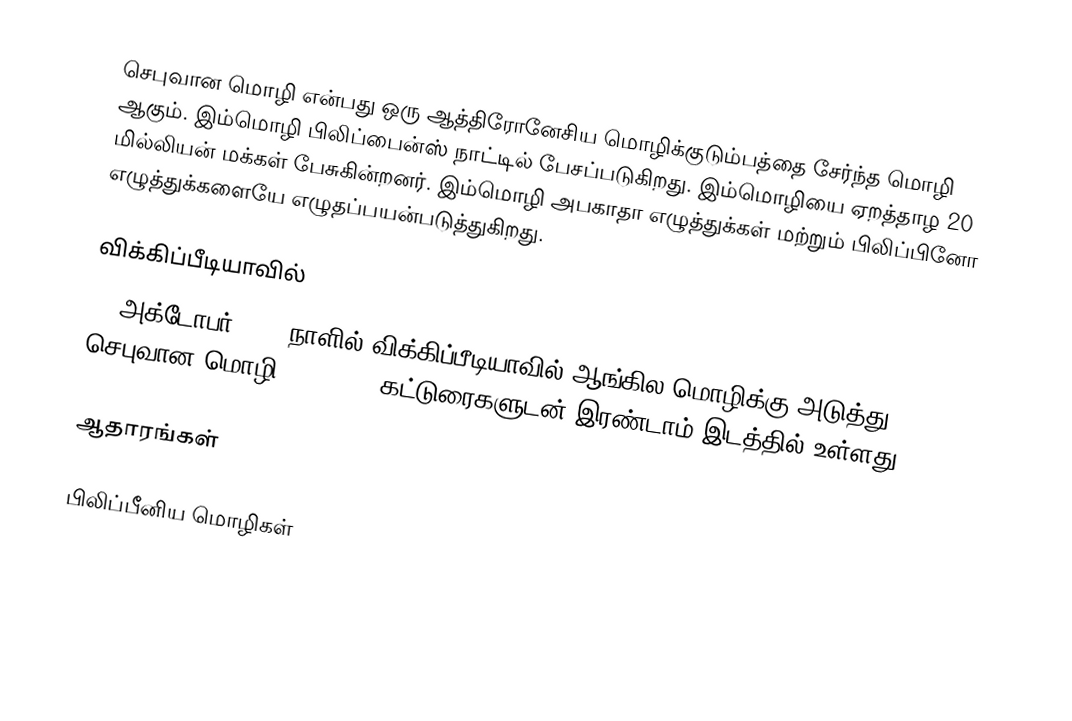
செபுவான மொழி என்பது ஒரு ஆத்திரோனேசிய மொழிக்குடும்பத்தை சேர்ந்த மொழி ஆகும். இம்மொழி பிலிப்பைன்ஸ் நாட்டில் பேசப்படுகிறது. இம்மொழியை ஏறத்தாழ 20 மில்லியன் மக்கள் பேசுகின்றனர். இம்மொழி அபகாதா   எழுத்துக்கள் மற்றும் பிலிப்பினோ  எழுத்துக்களையே எழுதப்பயன்படுத்துகிறது.

விக்கிப்பீடியாவில்
28 அக்டோபர் 2021 நாளில் விக்கிப்பீடியாவில் ஆங்கில மொழிக்கு அடுத்து, செபுவான மொழி 6,037,248 கட்டுரைகளுடன் இரண்டாம் இடத்தில் உள்ளது.

ஆதாரங்கள்

பிலிப்பீனிய மொழிகள்